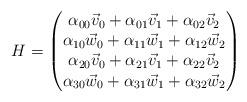
LaTeX: \begin{align*} H =\begin{pmatrix}\alpha_{00} \vec{v}_{0} + \alpha_{01} \vec{v}_{1} + \alpha_{02} \vec{v}_{2} \\\alpha_{10} \vec{w}_{0} + \alpha_{11} \vec{w}_{1} + \alpha_{12} \vec{w}_{2} \\\alpha_{20} \vec{v}_{0} + \alpha_{21} \vec{v}_{1} + \alpha_{22} \vec{v}_{2} \\\alpha_{30} \vec{w}_{0} + \alpha_{31} \vec{w}_{1} + \alpha_{32} \vec{w}_{2}\end{pmatrix}\end{align*}